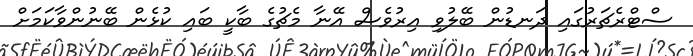
ސްޓްރެޗަރުގައި ދަނޑުން ބޭލުވި އިރުވެސް އޭނާ މެޗުގެ ބާކީ ބައި ކުޅެން ބޭނުންވާކަމަށް